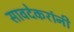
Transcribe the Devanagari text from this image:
सावदेकरांनी